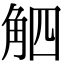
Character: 𧣛